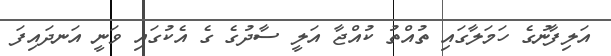
އަލިފާނުގެ ހަމަލާގައި ތުއްތު ކުއްޖާ އަލީ ސާދުގެ ގެ އެކުގައި ވަނީ އަނދައިފަ